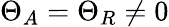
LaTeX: \Theta_{A}=\Theta_{R}\neq 0